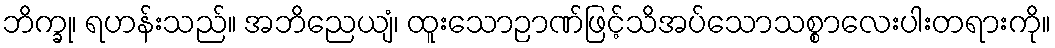
ဘိက္ခု၊ ရဟန်းသည်။ အဘိညေယျံ၊ ထူးသောဉာဏ်ဖြင့်သိအပ်သောသစ္စာလေးပါးတရားကို။